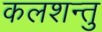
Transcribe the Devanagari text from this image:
कलशन्तु